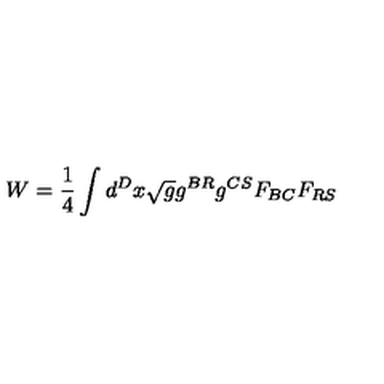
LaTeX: W = \frac { 1 } { 4 } \int d ^ { D } x \sqrt { g } g ^ { B R } g ^ { C S } F _ { B C } F _ { R S }